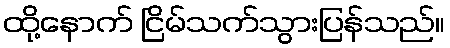
ထို့နောက် ငြိမ်သက်သွားပြန်သည်။